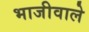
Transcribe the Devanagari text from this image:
भाजीवाले